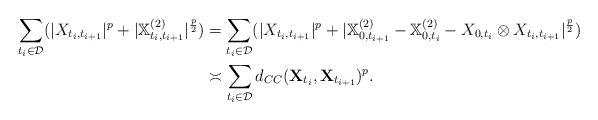
LaTeX: \begin{align*} \sum_{t_i\in\mathcal{D}}(|X_{t_i,t_{i+1}}|^p+|\mathbb{X}^{(2)}_{t_i,t_{i+1}}|^{\frac{p}{2}})&=\sum_{t_i\in\mathcal{D}}(|X_{t_i,t_{i+1}}|^p+|\mathbb{X}^{(2)}_{0,t_{i+1}}-\mathbb{X}^{(2)}_{0,t_{i}}-X_{0,t_i}\otimes X_{t_i,t_{i+1}}|^{\frac{p}{2}})\\ &\asymp \sum_{t_i\in\mathcal{D}}d_{CC}(\mathbf{X}_{t_i},\mathbf{X}_{t_{i+1}})^p.\end{align*}